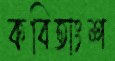
কবিতাংশ